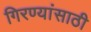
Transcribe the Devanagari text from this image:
गिरण्यांसाठी